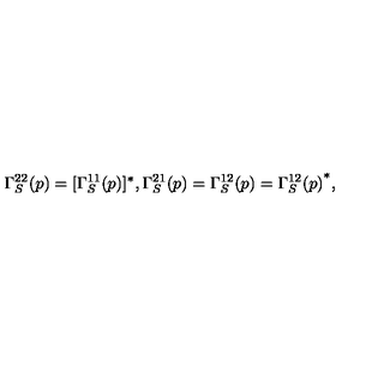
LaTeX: \Gamma _ { S } ^ { 2 2 } ( p ) = [ \Gamma _ { S } ^ { 1 1 } ( p ) ] ^ { * } , \Gamma _ { S } ^ { 2 1 } ( p ) = \Gamma _ { S } ^ { 1 2 } ( p ) = { \Gamma _ { S } ^ { 1 2 } ( p ) } ^ { * } ,